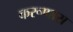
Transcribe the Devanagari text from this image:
करूणास